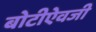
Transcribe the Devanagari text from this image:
बोटीऐवजी